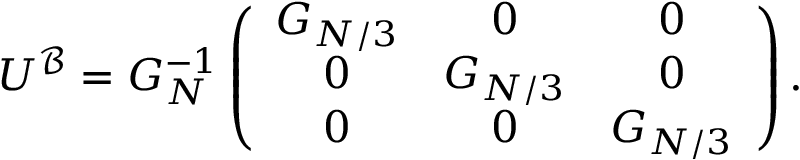
U ^ { \mathcal { B } } = G _ { N } ^ { - 1 } \left( \begin{array} { c c c } { G _ { N / 3 } } & { 0 } & { 0 } \\ { 0 } & { G _ { N / 3 } } & { 0 } \\ { 0 } & { 0 } & { G _ { N / 3 } } \end{array} \right) .